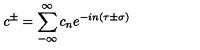
c ^ { \pm } = \sum _ { - \infty } ^ { \infty } c _ { n } e ^ { - i n \left( \tau \pm \sigma \right) }